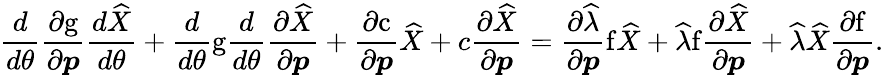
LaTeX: \frac{d}{d\theta}\frac{\partial\mathrm{g}}{\partial\boldsymbol{p}}\frac{d\widehat{X}}{d\theta}+\frac{d}{d\theta}\mathrm{g}\frac{d}{d\theta}\frac{\partial\widehat{X}}{\partial\boldsymbol{p}}+\frac{\partial\mathrm{c}}{\partial\boldsymbol{p}}\widehat{X}+c\frac{\partial\widehat{X}}{\partial\boldsymbol{p}}=\frac{\partial\widehat{\lambda}}{\partial\boldsymbol{p}}\mathrm{f}\widehat{X}+\widehat{\lambda}\mathrm{f}\frac{\partial\widehat{X}}{\partial\boldsymbol{p}}+\widehat{\lambda}\widehat{X}\frac{\partial\mathrm{f}}{\partial\boldsymbol{p}}.